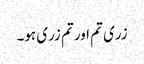
زری تم اور تم زری ہو۔